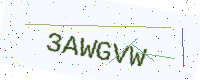
Text: 3AWGVW